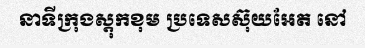
នាទីក្រុងស្តុកខុម ប្រទេសស៊ុយអែត នៅ